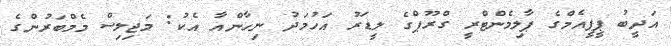
އަދީބު ޕީޕީއެމްގެ ޕާލިމެންޓްރީ ގްރޫޕްގެ ލީޑަރު އަހުމަދު ނިހާންއާ އެކު: މަޖިލިސް މެމްބަރުންގެ